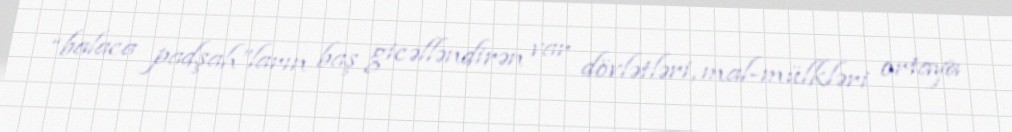
“balaca padşah”ların baş gicəlləndirən var dövlətləri, mal-mülkləri ortaya